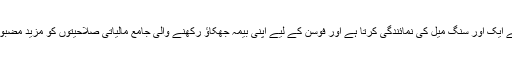
مالی سودا فوسن کے لیے ایک اور سنگ میل کی نمائندگی کرتا ہے اور فوسن کے لیے اپنی بیمہ جھکاؤ رکھنے والی جامع مالیاتی صلاحیتوں کو مزید مضبوط کرنا ممکن بنائے گا۔